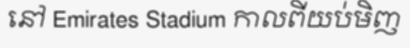
នៅ Emirates Stadium កាលពីយប់មិញ